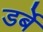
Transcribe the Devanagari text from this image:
डर्बे